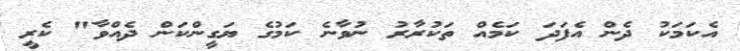
އެކަމަކު ދެން އެފަދަ ކަމެއް ތަކުރާރު ނުވާނެ ކަމުގެ ޔަގީންކަން ދެއްވާ" ކެރީ